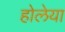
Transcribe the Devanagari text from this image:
होलेया